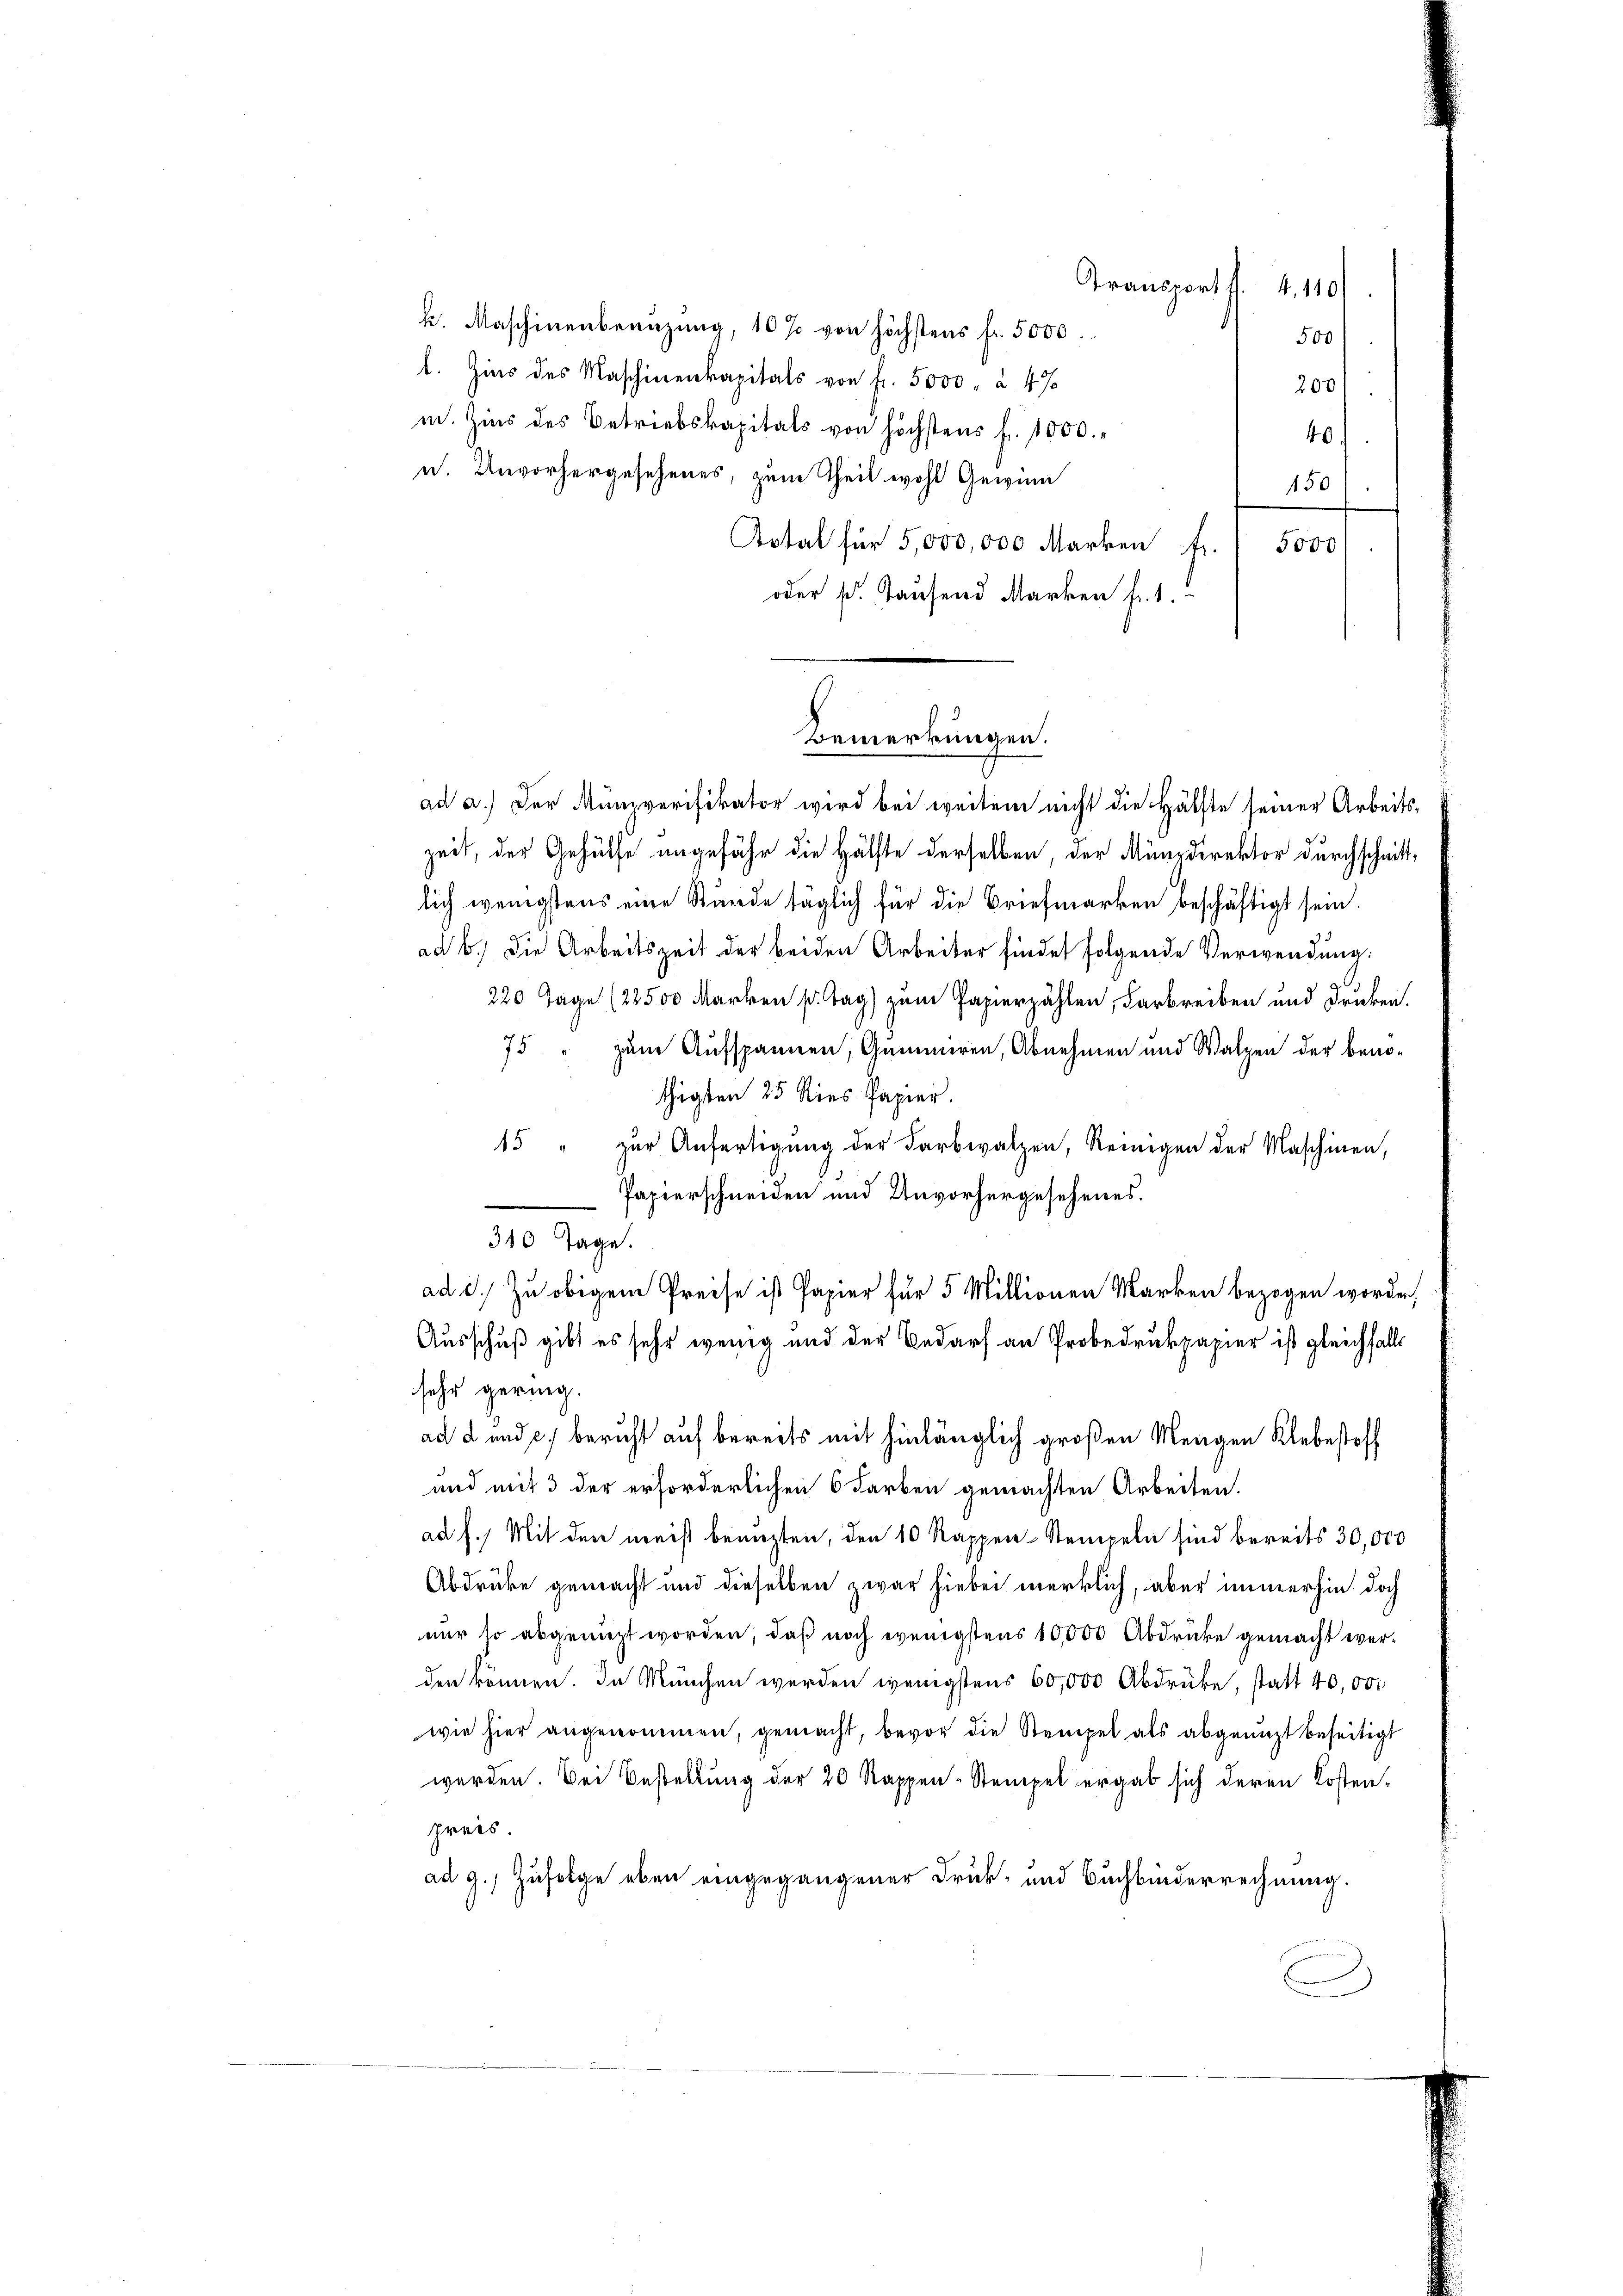
Bemerkungen.

Gransport f. 4, 110

k. Maschinenbeanzung, 10 % von höchstens fr. 5000.
500)
l. Zins des Maschinenkapitals von fr. 5000 à 4%
200/
m. Zins des Betriebskapitals von höchstens fr. 1000.
40
u. Unvorhergesehenes, zum Theil wohl Gewinn
150
Total für 5,000,000 Marken fr. 5000
oder s. Tausend Marken fr. 1.
ad a.) Der Muniverifikator wird bei weitem nicht die Hälfte seiner Arbeits-
zeit, der Gehülfe angefähr die Hälfte derselben, der Münzdirektor durchschnittlich wenigstens eine Stunde täglich für die Briefmarken beschäftigt sein.
ad b.) Die Arbeitszeit der beiden Arbeiter findet folgende Verwendung:
220 Tage (22500 Marken pr. Tag) zum Papierzählen, Farbreiben und Drucken.
75 " zum Aufspannen, Gummiren, Abnehmen und Walzen der beno-
thigten 25 Kies Papier.
15 " zur Anfertigung der Farbwalzen, Reinigen der Maschinen,
Papierschneiden und Unvorhergesehenes.
340 Tage.
ad d. Zu obigem Preise ist Papier für 5 Millionen Marken bezogen worden,
Ausschuß gibt es sehr wenig und der Bedarf an Probedrukpapier ist gleichfalls
sehr gering.
ad d und c) beruht auf bereits mit hinlänglich großen Mengen Klebestoff
und mit 3 der erforderlichen 6 Farben gemachten Arbeiten.
ad f.) Mit den nerist benuzten, den 10 Rappen-Stempeln sind bereits 30,000
Abdrücke gemacht und dieselben zwar hiebei merklich, aber immerhin doch
nur so abgenuzt worden, daß noch wenigstens 10,000 Abdrücke gemacht werden können. In München werden wenigstens 60,000 Abdrücke, statt 40,000
wie hier angenommen, gemacht, bevor die Stempel als abgenuzt beseitigt
werden. Bei Bestellung der 20 Rappen-Stempel ergab sich deren Kostenpreis
ad g. Zufolge eben eingegangener Druck- und Buchbinderrechnung.